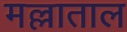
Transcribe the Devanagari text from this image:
मल्लाताल